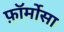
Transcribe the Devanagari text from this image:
फ़ॉर्मोसा